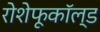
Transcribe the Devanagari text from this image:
रोशेफूकॉल्ड